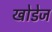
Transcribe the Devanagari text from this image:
खोडेज